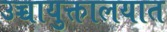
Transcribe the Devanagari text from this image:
उच्चायुक्तालयात